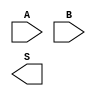
module c_addsub_0 (
  input [7:0] A,
  input [7:0] B,
  output wire [7:0] S
);
  
endmodule

module c_addsub_1 (
  input [7:0] A,
  input [7:0] B,
  output wire [7:0] S
);
  
endmodule

module c_addsub_2 (
  input [7:0] A,
  input [7:0] B,
  output wire [7:0] S
);
  
endmodule